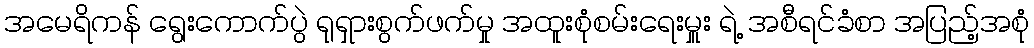
အမေရိကန် ရွေးကောက်ပွဲ ရုရှားစွက်ဖက်မှု အထူးစုံစမ်းရေးမှူး ရဲ့ အစီရင်ခံစာ အပြည့်အစုံ